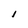
Character: i